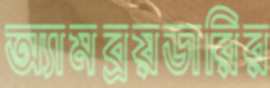
অ্যামব্রয়ডারির